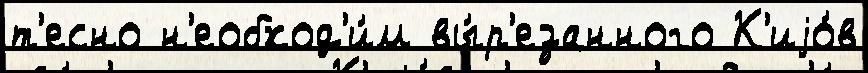
т'есно н'еобход'и́м вы́р'езанного К'иjо́в